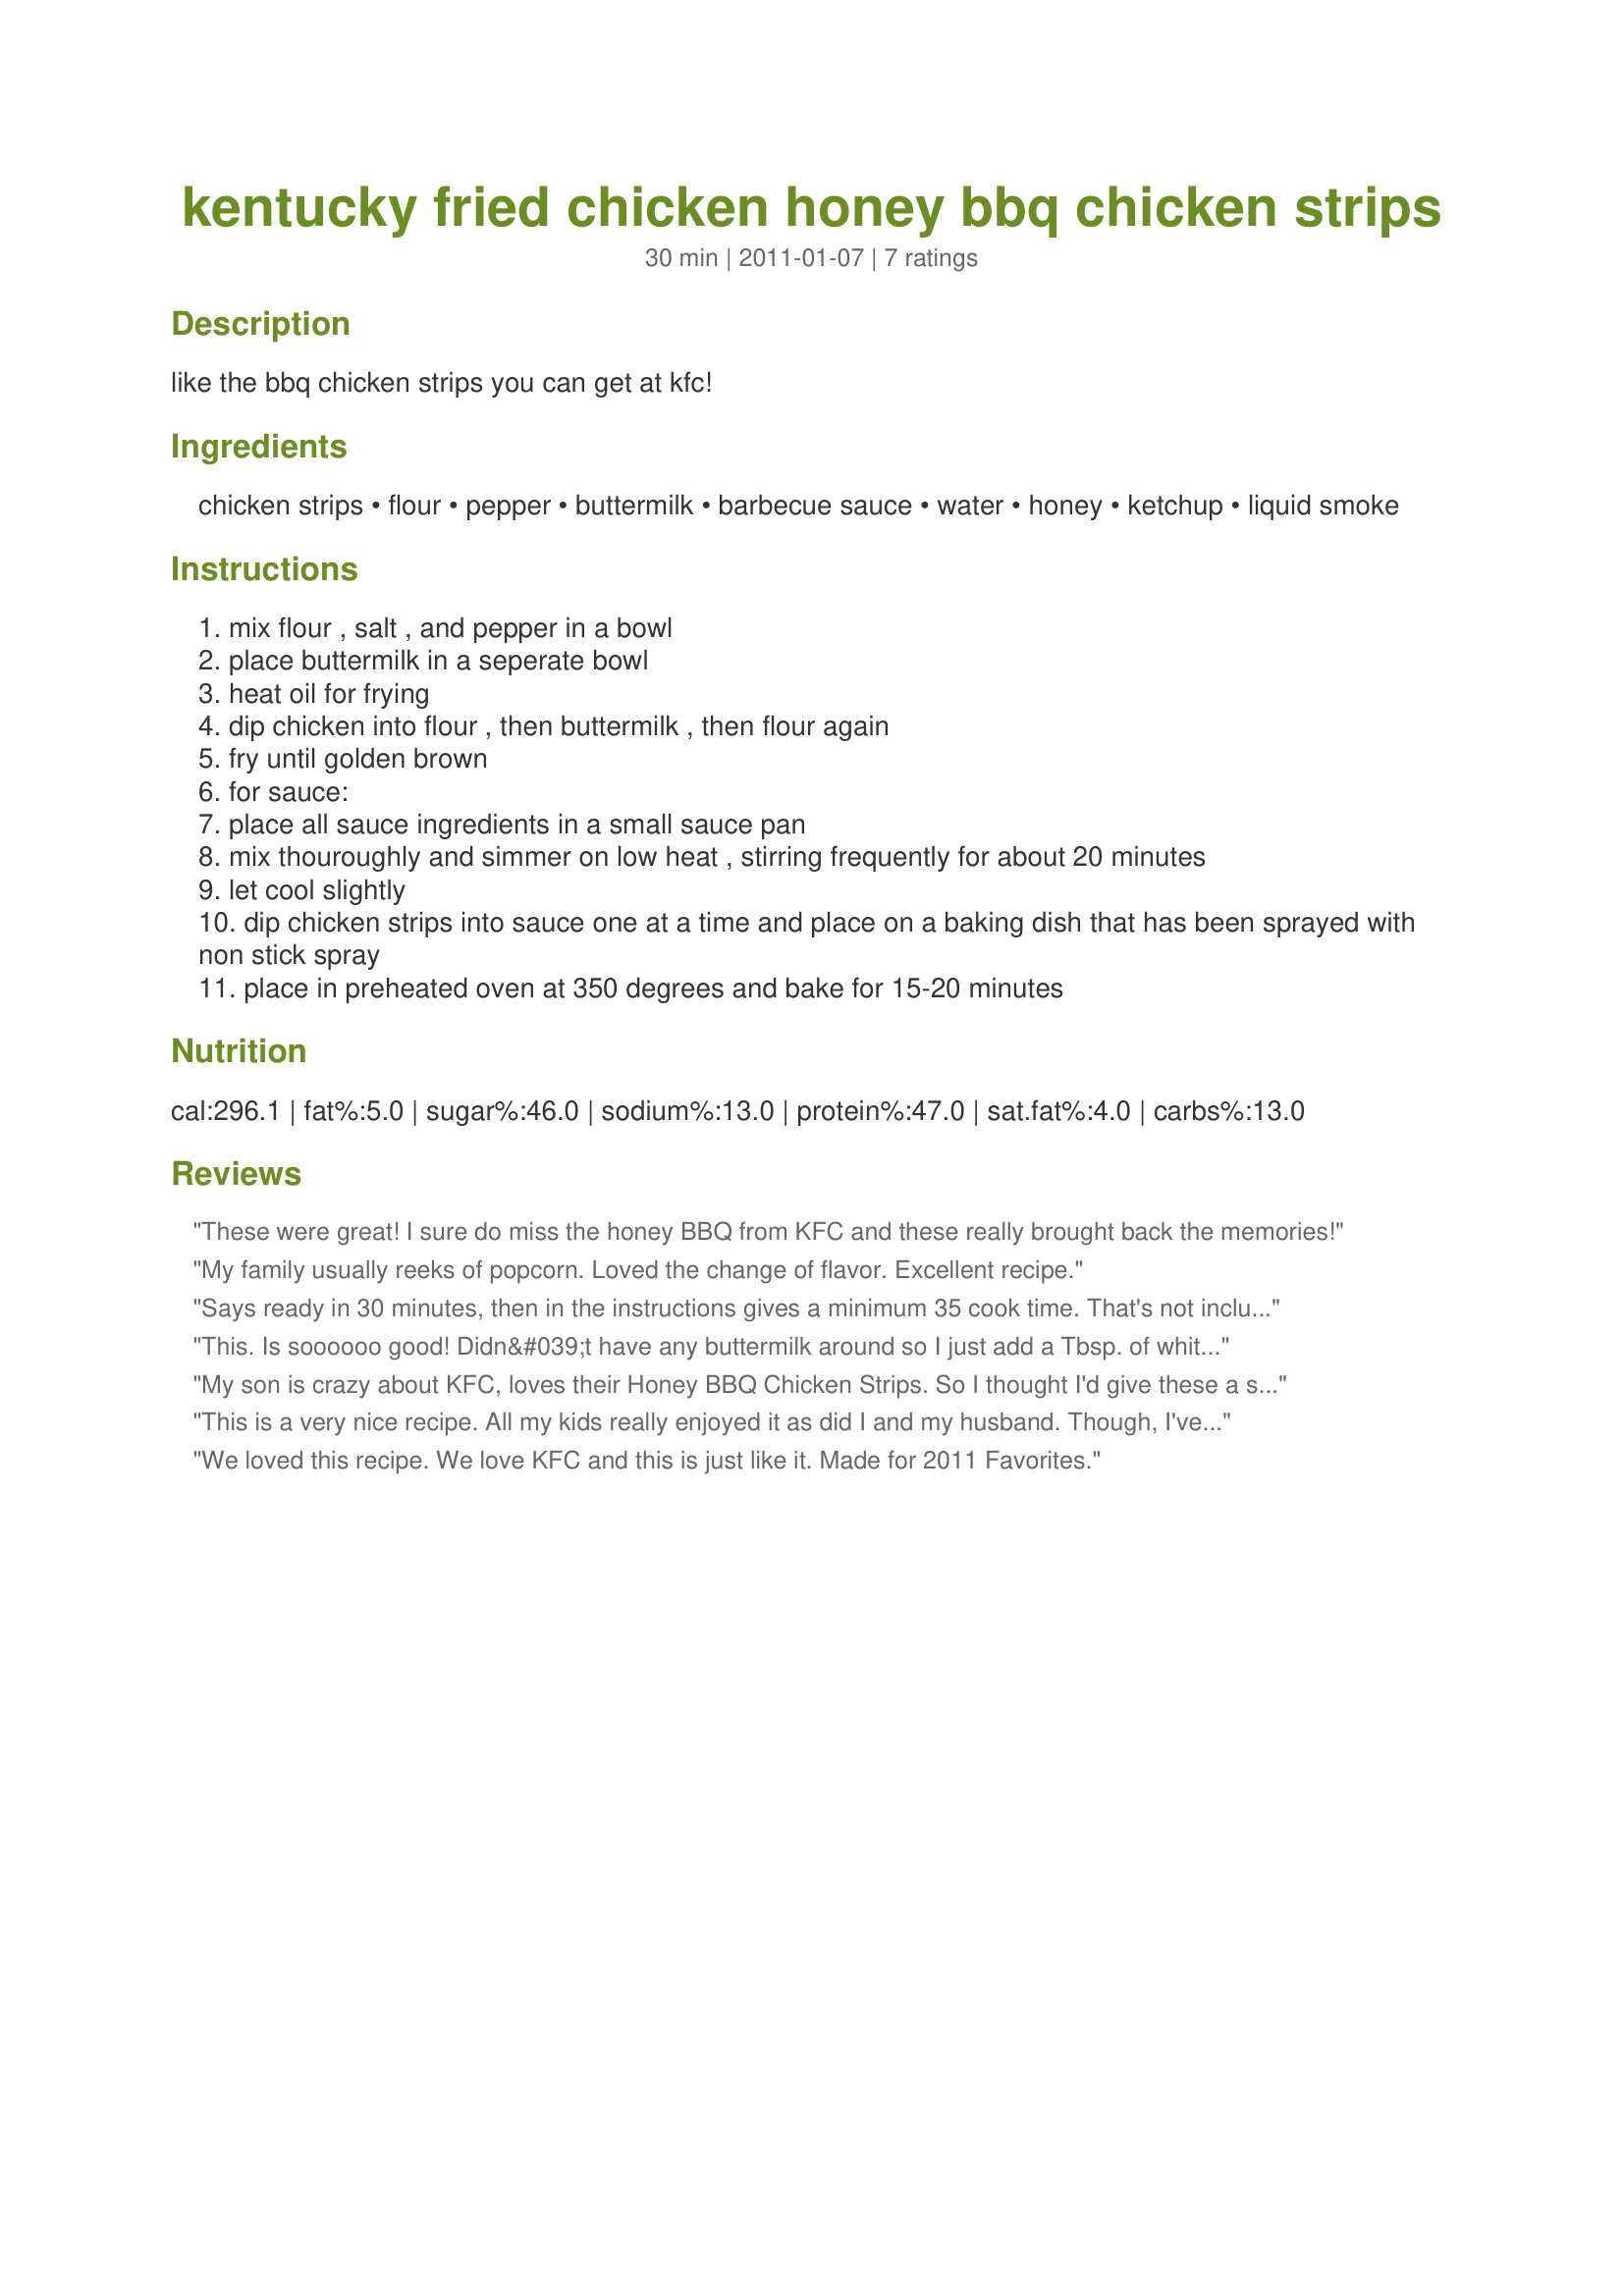
kentucky fried chicken honey bbq chicken strips
Preparation time: 30 minutes

like the bbq chicken strips you can get at kfc!

Ingredients:
chicken strips, flour, pepper, buttermilk, barbecue sauce, water, honey, ketchup, liquid smoke

Steps:
mix flour , salt , and pepper in a bowl
place buttermilk in a seperate bowl
heat oil for frying
dip chicken into flour , then buttermilk , then flour again
fry until golden brown
for sauce:
place all sauce ingredients in a small sauce pan
mix thouroughly and simmer on low heat , stirring frequently for about 20 minutes
let cool slightly
dip chicken strips into sauce one at a time and place on a baking dish that has been sprayed with non stick spray
place in preheated oven at 350 degrees and bake for 15-20 minutes

Reviews:
These were great! I sure do miss the honey BBQ from KFC and these really brought back the memories!
My family usually reeks of popcorn. Loved the change of flavor. Excellent recipe.
Says ready in 30 minutes, then in the instructions gives a minimum 35 cook time. That's not including prep or frying the chicken. This recipe tastes amazing and rehears amazingly, but it will not take 30 minutes to make.
This. Is soooooo good! Didn&#039;t have any buttermilk around so I just add a Tbsp. of white vinegar to for each cup of milk, wait10mins. &amp; voila u have Butter Milk. : )
My son is crazy about KFC, loves their Honey BBQ Chicken Strips. So I thought I'd give these a shot. He loves them like this. I'd prefer to put a bit of garlic salt in the flour mix, and serve the barbecue sauce on the side. I like the crispiness. Overall, this was a success at my house. Thanks for sharing! Made for PAC Spring 2012.
This is a very nice recipe. All my kids really enjoyed it as did I and my husband. Though, I've never ordered the honey BBQ chicken from KFC, not sure if it's like the original. This is a definite winner.
We loved this recipe. We love KFC and this is just like it. Made for 2011 Favorites.
